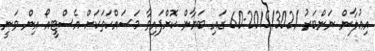
އިޢުލާން ނަންބަރު /2015/302-60 ގައި ބަޔާން ކޮށްފައިވާ މަސައްކަތަކަށް އެސްޓީއޯ އިން ވަނީ